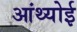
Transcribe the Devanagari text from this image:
आंथ्‍योई